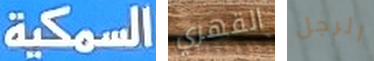
السمكية القهري الرجل